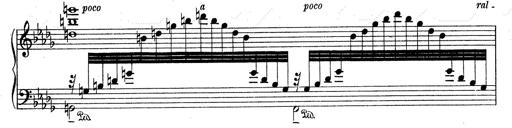
Title: 3 Ã‰tudes de concert
Composer: Franz Liszt